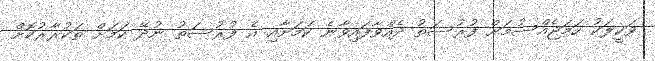
ވަކީލަކު ހަމަޖެއްސުމަށް ފުރުސަތު ދެއްވާފައިވާނެ ކަމަށާއި އެ ފުރުސަތު ނުދޭ ކަމަށް ތަކުރާރުކޮށް